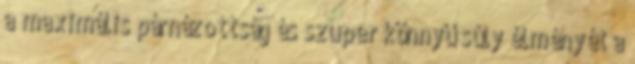
a maximális párnázottság és szuper könnyű súly élményét a